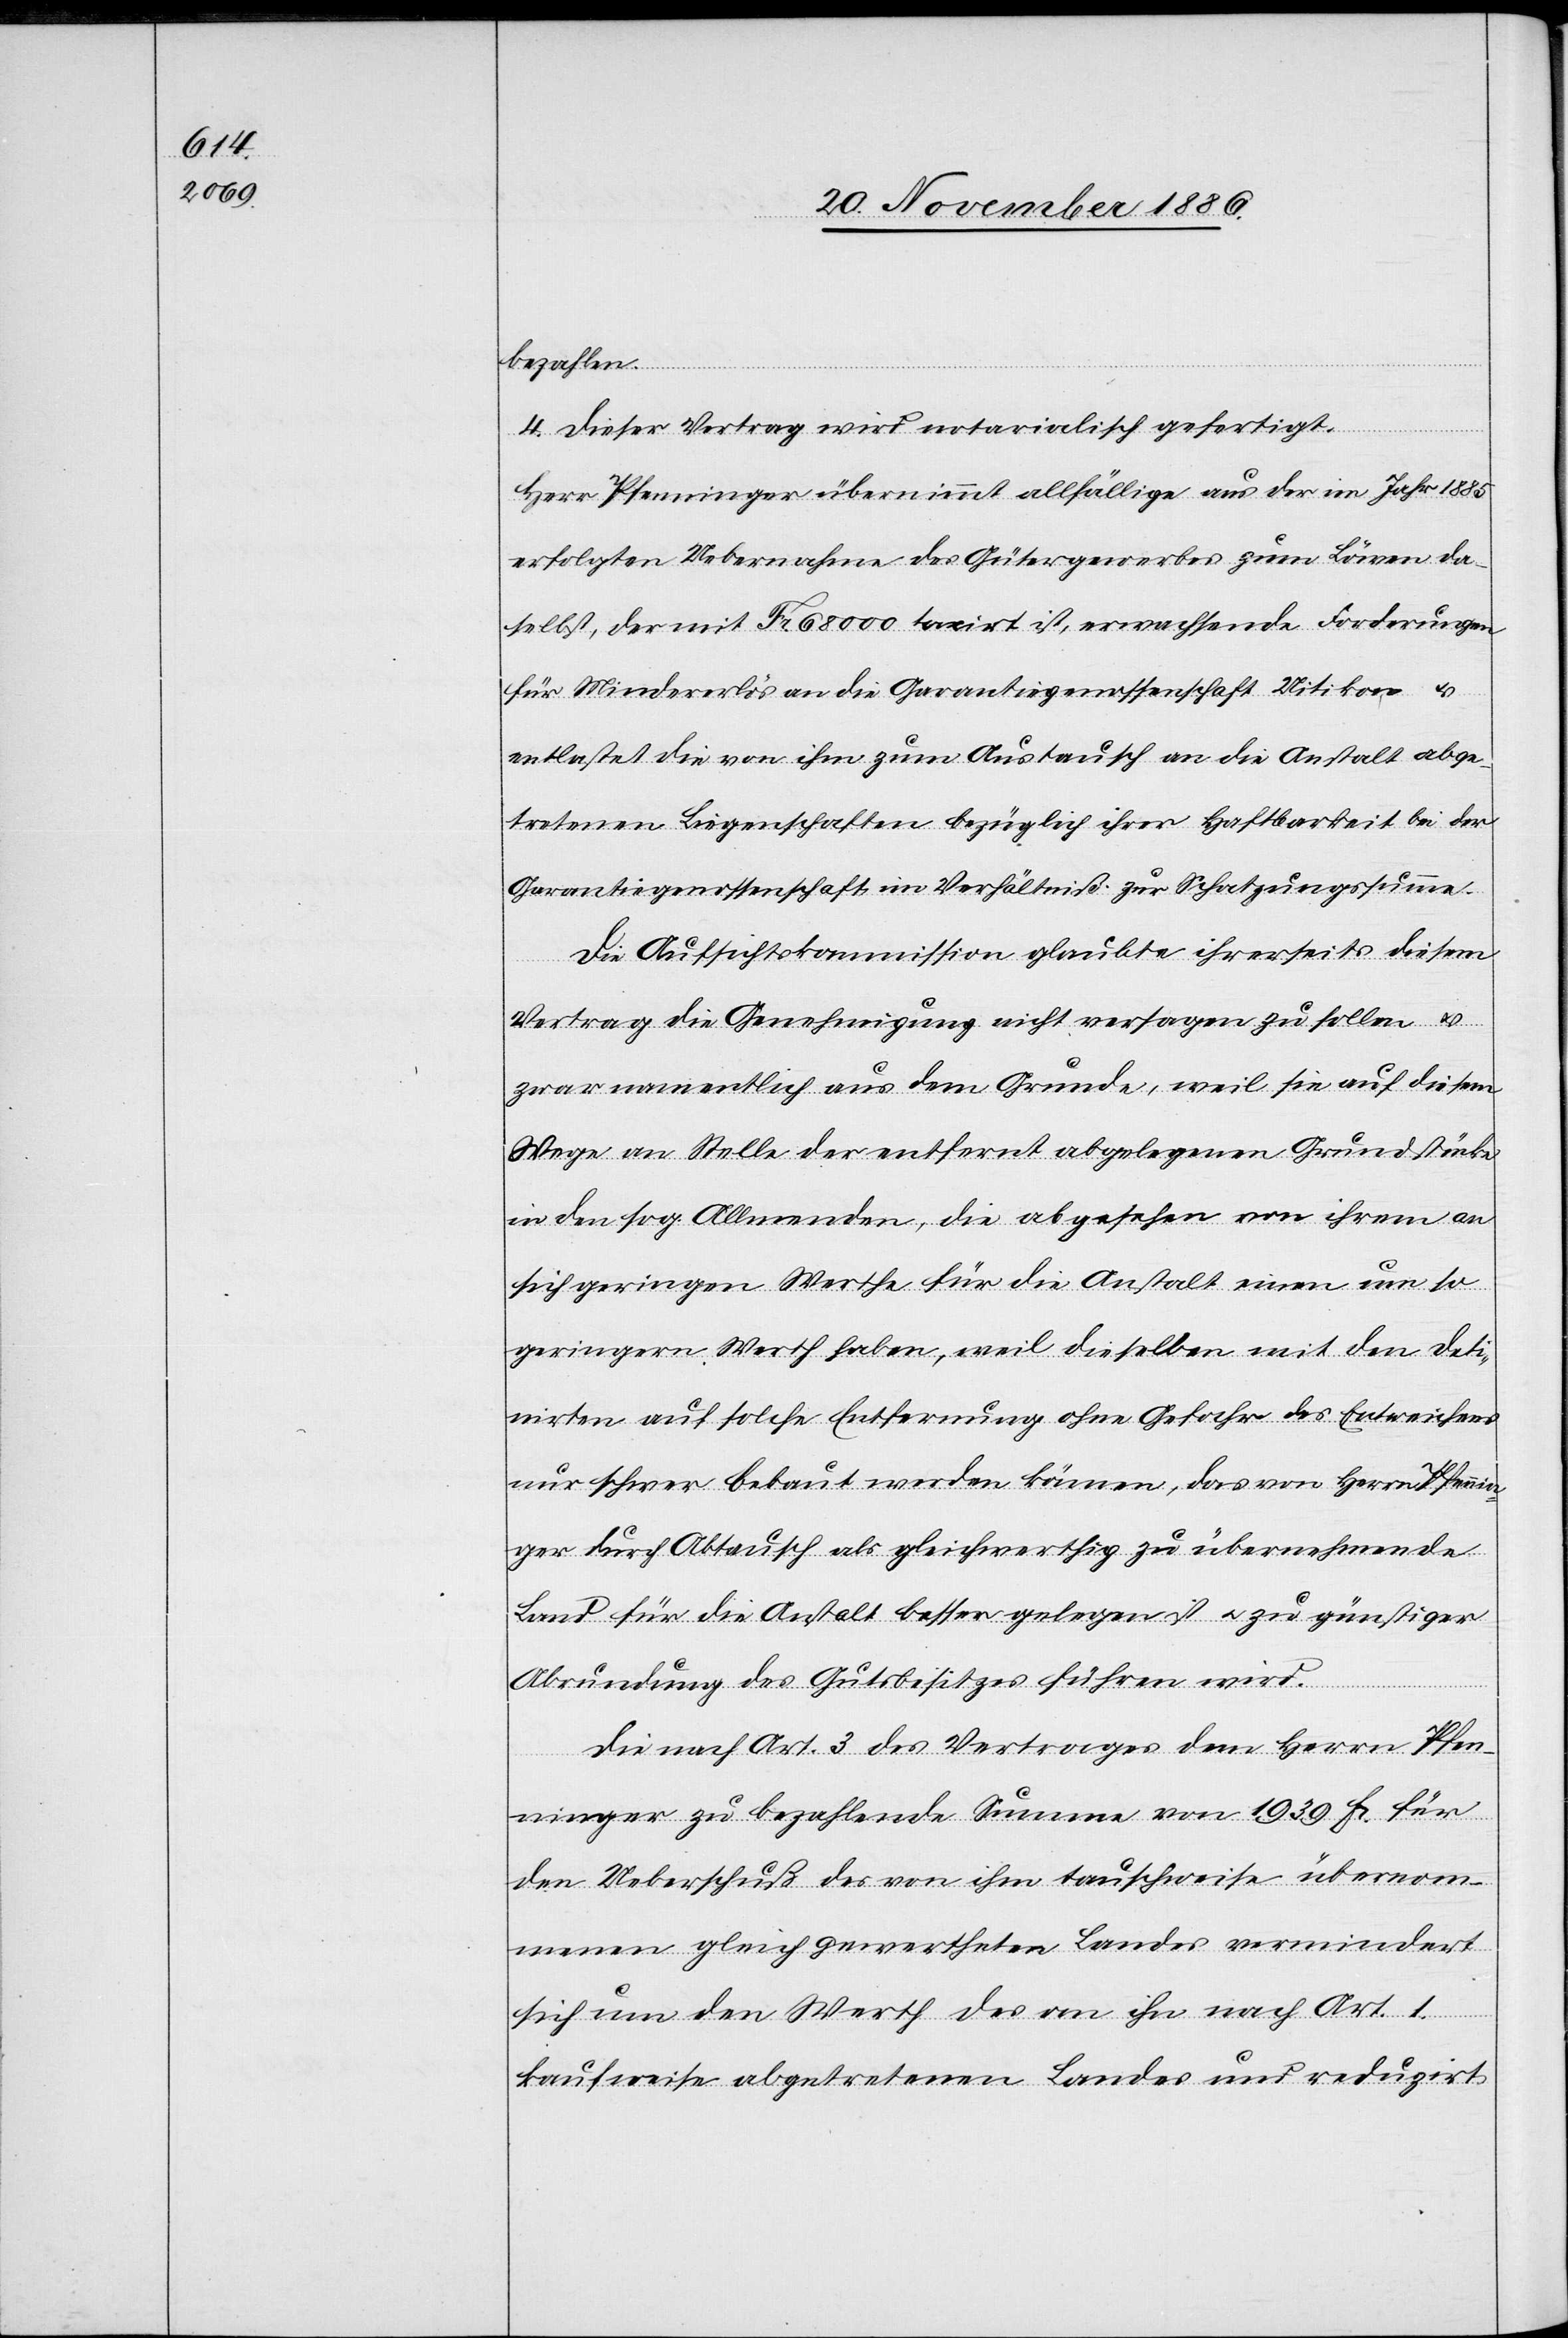
bezahlen.
4. Dieser Vertrag wird notarialisch gefertigt.
Herr Pfenninger übernimmt allfällige aus der im Jahr 1885
erfolgten Uebernahme des Gütergewerbes zum Löwen da¬
selbst, der mit Fr. 68 000 taxirt ist, erwachsende Forderungen
für Mindererlös an die Garantiegenossenschaft Uitikon &
entlastet die von ihm zum Austausch an die Anstalt abge¬
tretenen Liegenschaften bezüglich ihrer Haftbarkeit bei der
Garantiegenossenschaft im Verhältniß zur Schatzungssumme.
Die Aufsichtskommission glaubte ihrerseits diesem
Vertrag die Genehmigung nicht versagen zu sollen &
zwar namentlich aus dem Grunde, weil sie auf diesem
Wege an Stelle der entfernt abgelegenen Grundstücke
in den sog. Allmenden, die abgesehen von ihrem an
sich geringen Werthe für die Anstalt einen um so
geringern Werth haben, weil dieselben mit den Deti¬
nirten auf solche Entfernung ohne Gefahr des Entweichens
nur schwer bebaut werden können, das von Herrn Pfennin¬
ger durch Abtausch als gleichwerthig zu übernehmende
Land für die Anstalt besser gelegen ist & zu günstiger
Abrundung des Gutsbesitzes führen wird.
Die nach Art. 3 des Vertrages dem Herrn Pfen¬
ninger zu bezahlende Summe von 1939 Fr. für
den Ueberschuß des von ihm tauschweise übernom¬
menen gleich gewertheten Landes vermindert
sich um den Werth des an ihn nach Art. 1.
kaufweise abgetretenen Landes und reduzirt